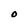
Character: O